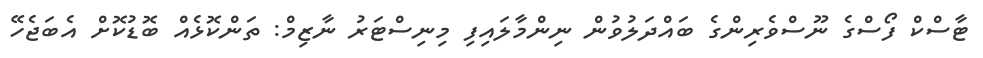
ޓާސްކް ފޯސްގެ ނޫސްވެރިންގެ ބައްދަލުވުން ނިންމާލައިފި މިނިސްޓަރު ނާޒިމް: ތަންކޮޅެއް ބޮޑުކޮށް އެބަޖެހޭ